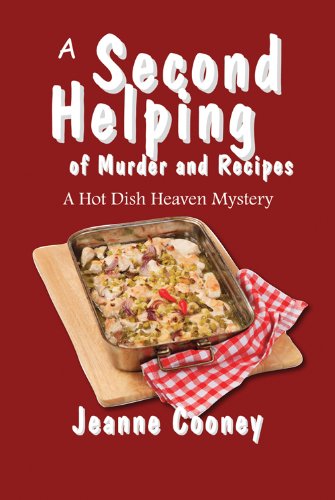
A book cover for A Second Helping of Murder and Recipes: A Hot Dish Heaven Mystery; Jeanne Cooney; Humor & Entertainment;